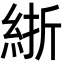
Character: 𬗗